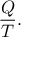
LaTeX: { } { \frac { Q } { T } } .